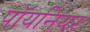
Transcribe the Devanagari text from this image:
पॉयनियर